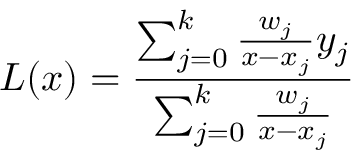
L ( x ) = { \frac { \sum _ { j = 0 } ^ { k } { \frac { w _ { j } } { x - x _ { j } } } y _ { j } } { \sum _ { j = 0 } ^ { k } { \frac { w _ { j } } { x - x _ { j } } } } }